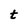
Character: t